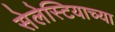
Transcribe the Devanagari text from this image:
सेलेस्टियाच्या